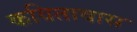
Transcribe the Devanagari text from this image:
कवितावास